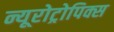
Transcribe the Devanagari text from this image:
न्यूरोट्रोपिक्स